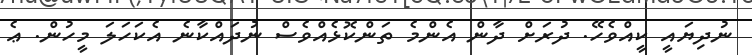
ނުދިޔައީ ކީއްވެހޭ. ދުރަށް ދާން އެންމެ ތަންކޮޅެއްވެސް ނުދައްކާނެ އެކަހަލަ މީހުން. ޢެ